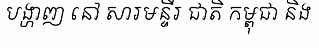
បង្ហាញ នៅ សារមន្ទីរ ជាតិ កម្ពុជា និង